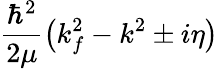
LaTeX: \frac{\hbar^{2}}{2\mu}\left(k_{f}^{2}-k^{2}\pm i\eta\right)